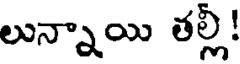
లున్నాయి తల్లీ!